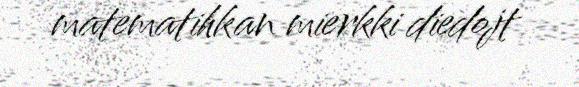
matematihkan mierkki diedojt